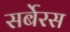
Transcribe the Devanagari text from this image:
सर्बेरस